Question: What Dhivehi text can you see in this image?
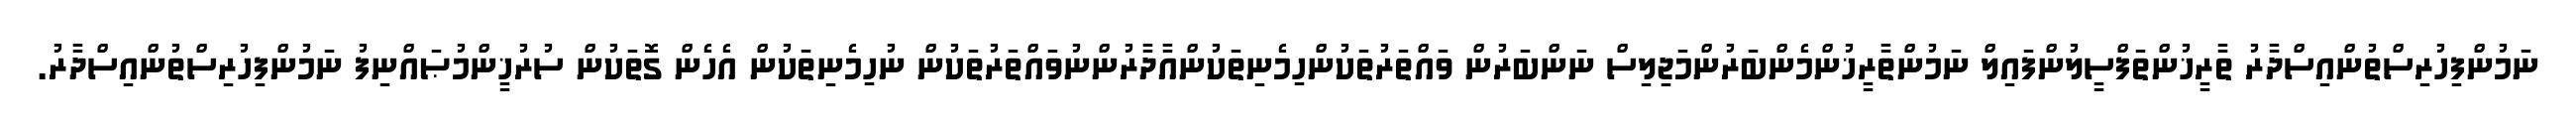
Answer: ނަމުންފިހުރިސްތުންއިސްދާރު ތާރީޚުންތަފްސީލުންފައިލް ނަމުންތާރީޚުންމެންބަރުންމަޖިލިސް ނަންބަރުން ވައްތަރުތަކުންހިމެނިތަކުންއާދާރުންނުވައްތަރުތަކުން ނުހިމެނިތަކުން އެހެން ގޮތަކުން ސުރުޚީންމުޞައްނިފު ނަމުންފިހުރިސްތުންއިސްދާރު.